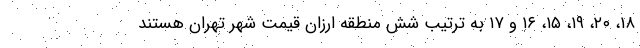
۱۸، ۲۰، ۱۹، ۱۵، ۱۶ و ۱۷ به ترتیب شش منطقه ارزان قیمت شهر تهران هستند